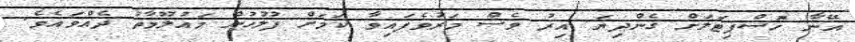
އޭނާ ހޮސްޕިޓަލަށް ގެންދިޔަ އިރު ވެސް މަރުވެފައިވާ ކަމަށް ފުލުހުން މައުލޫމާތު ދެއްވައެވެ.